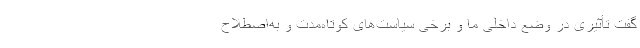
گفت تأثیری در وضع داخلی ما و برخی سیاست‌های کوتاه‌مدت و به‌اصطلاح